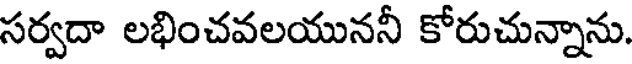
సర్వదా లభించవలయుననీ కోరుచున్నాను.